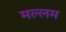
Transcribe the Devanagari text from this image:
मल्लम